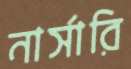
নার্সারি